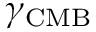
\gamma _ { \mathrm { { C M B } } }